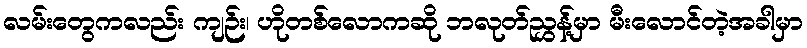
လမ်းတွေကလည်း ကျဉ်း၊ ဟိုတစ်လောကဆို ဘလုတ်ညွှန့်မှာ မီးလောင်တဲ့အခါမှာ